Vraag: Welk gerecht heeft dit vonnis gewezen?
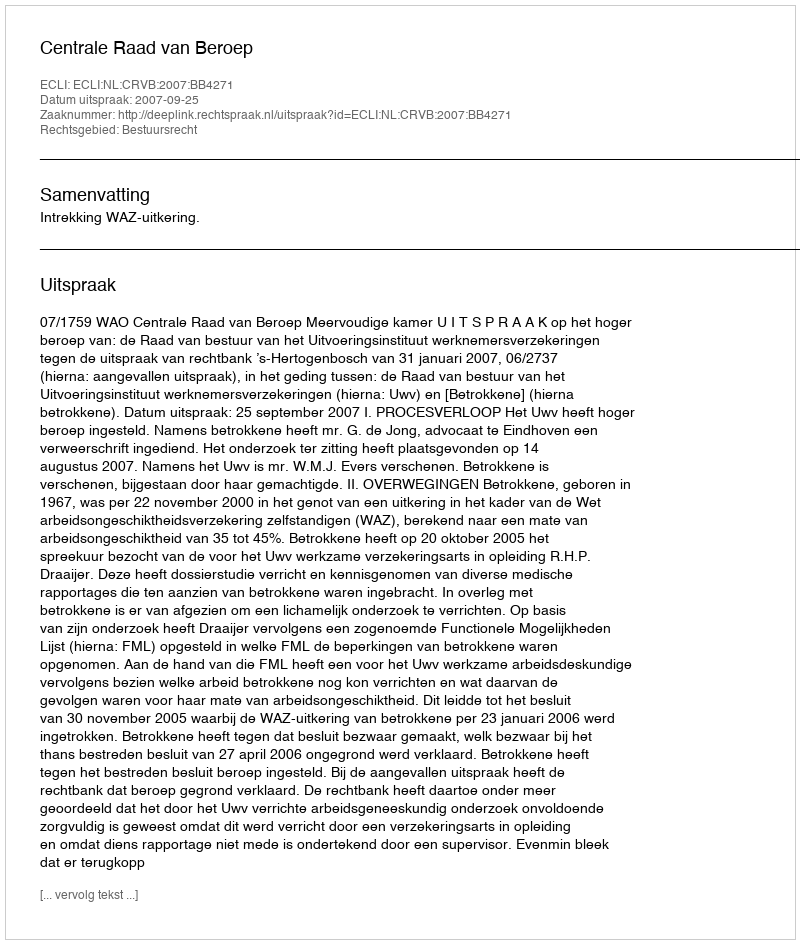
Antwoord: Centrale Raad van Beroep